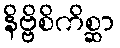
နိဗ္ဗိစိကိစ္ဆာ